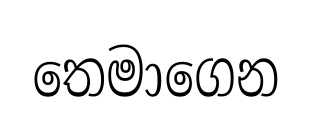
තෙමාගෙන